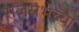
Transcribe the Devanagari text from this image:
राजसभेच्या